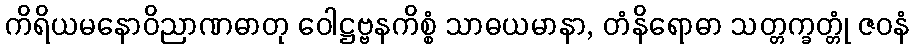
ကိရိယမနောဝိညာဏဓာတု ဝေါဋ္ဌဗ္ဗနကိစ္စံ သာဓယမာနာ, တံနိရောဓာ သတ္တက္ခတ္တုံ ဇဝနံ